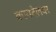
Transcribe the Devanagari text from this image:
कायटेलवर